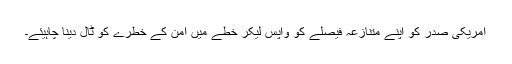
امریکی صدر کو اپنے متنازعہ فیصلے کو واپس لیکر خطے میں امن کے خطرے کو ٹال دینا چاہیئے۔